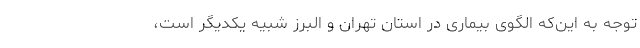
توجه به این‌که الگوی بیماری در استان تهران و البرز شبیه یکدیگر است،